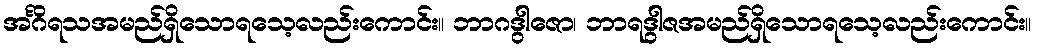
အင်္ဂိရသအမည်ရှိသောရသေ့လည်းကောင်း။ ဘာဂဒွါဇော၊ ဘာရဒွါဇအမည်ရှိသောရသေ့လည်းကောင်း။